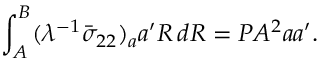
\int _ { A } ^ { B } ( \lambda ^ { - 1 } \bar { \sigma } _ { 2 2 } ) _ { a } { a } ^ { \prime } R \, d R = P A ^ { 2 } { a } { a } ^ { \prime } .